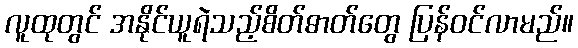
လူထုတွင် အနိုင်ယူရဲသည့်စိတ်ဓာတ်တွေ ပြန်ဝင်လာမည်။